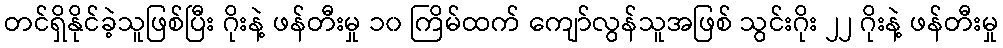
တင်ရှိနိုင်ခဲ့သူဖြစ်ပြီး ဂိုးနဲ့ ဖန်တီးမှု ၁၀ ကြိမ်ထက် ကျော်လွန်သူအဖြစ် သွင်းဂိုး ၂၂ ဂိုးနဲ့ ဖန်တီးမှု